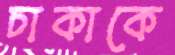
চাকাকে